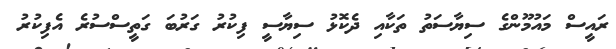
ރައީސް މައުމޫންގެ ސިޔާސަތު ތަކާއި ދެކޮޅު ސިޔާސީ ފިކުރު ގަރުބަ ގަތީސްސުރެ އެފިކުރު